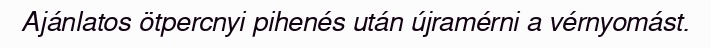
Ajánlatos ötpercnyi pihenés után újramérni a vérnyomást.